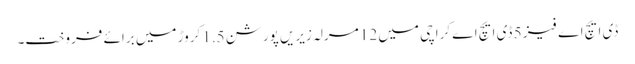
ڈی ایچ اے فیز 5 ڈی ایچ اے کراچی میں 12 مرلہ زیریں پورشن 1.5 کروڑ میں برائے فروخت۔